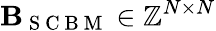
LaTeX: \mathbf{B}_{\mathrm{~S~C~B~M~}}\in\mathbb{Z}^{N\times N}